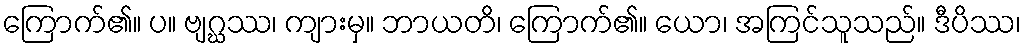
ကြောက်၏။ ပ။ ဗျဂ္ဃဿ၊ ကျားမှ။ ဘာယတိ၊ ကြောက်၏။ ယော၊ အကြင်သူသည်။ ဒီပိဿ၊